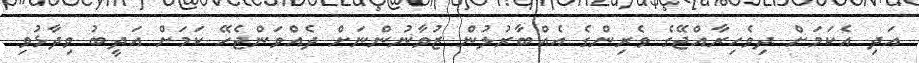
އަދި އެކަމަށް ދިވެހިރާއްޖޭގެ ވެރިންގެ އެއްބާރުލުން ޒުވާނުންނަށް ދެއްވަންޖެހޭ ކަމަށް އަދީބު ވިދާޅުވި